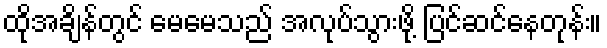
ထိုအချိန်တွင် မေမေသည် အလုပ်သွားဖို့ ပြင်ဆင်နေတုန်း။